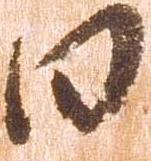
日